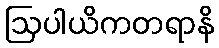
ဩပါယိကတရာနိ